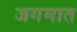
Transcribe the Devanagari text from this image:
जगमात